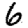
Digit: 6